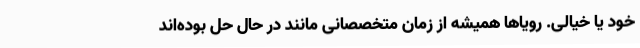
خود یا خیالی. رویاها همیشه از زمان متخصصانی مانند در حال حل بوده‌اند